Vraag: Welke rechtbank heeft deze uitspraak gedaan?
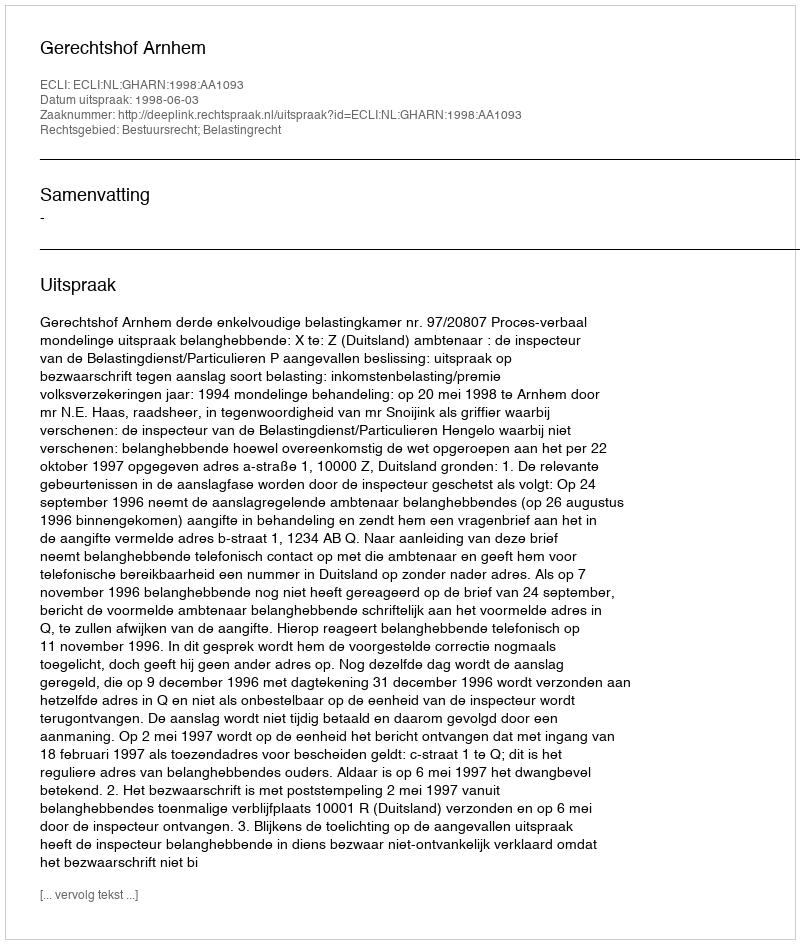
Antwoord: Gerechtshof Arnhem